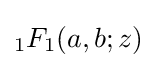
_{1}F_{1}(a,b;z)